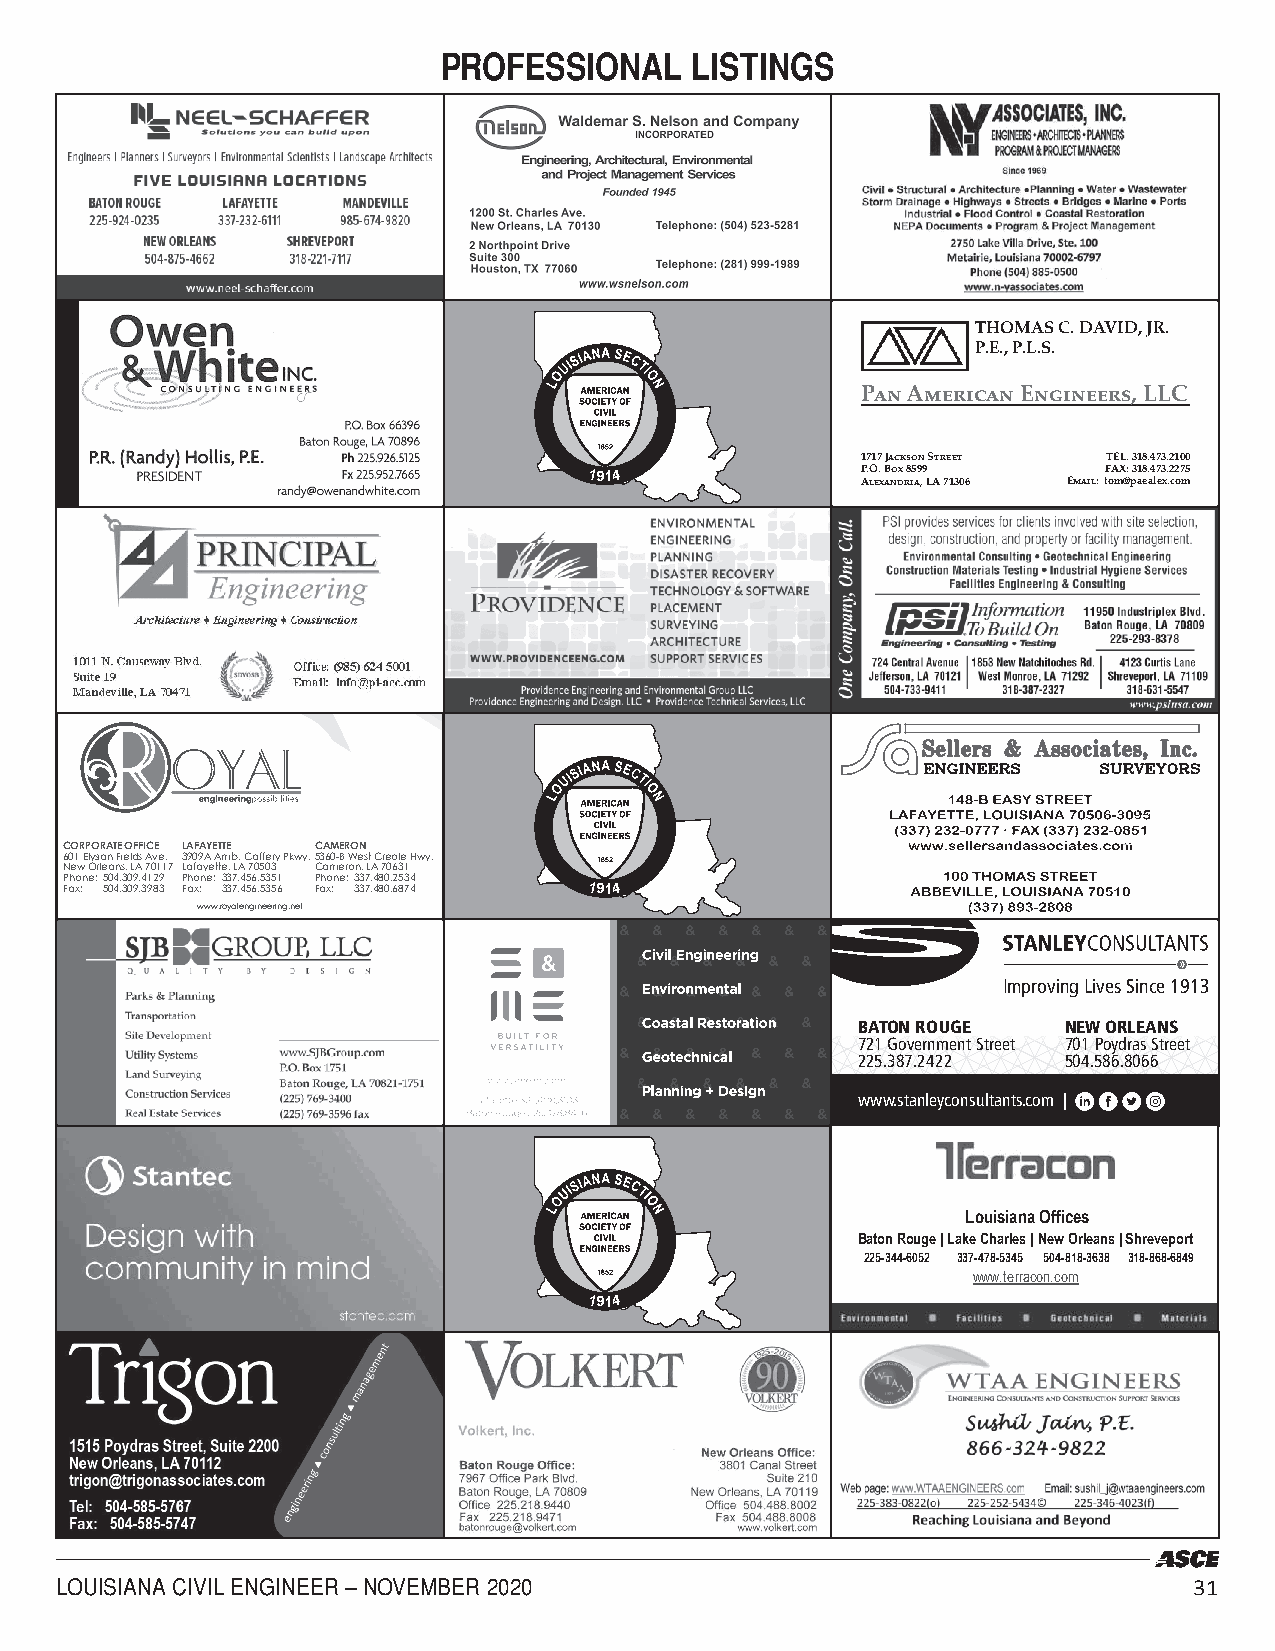
PROFESSIONAL     LISTINGS
 THOMAS C. DAVID, JR.
 P.E., P.L.S.
 Pan American Engineers, LLC
 1717 Jackson Street TEL. 318.473.2100
 1914              P.O. Box 8599   FAX: 318.473.2275
 Alexandria, LA 71306 Email: tom@paealex.com
 CORPORATE OFFICE LAFAYETTE CAMERON
 601 Elysian Fields Ave. 3909A Amb. Caffery Pkwy.5360-B West Creole Hwy.
 New Orleans, LA 70117 Lafayette, LA 70503 Cameron, LA 70631
 Phone: 504.309.4129 Phone: 337.456.5351 Phone: 337.480.2534
 Fax: 504.309.3983 Fax: 337.456.5356 Fax: 337.480.6874 1914
 www.royalengineering.net
 Improving Lives Since 1913
 BATON ROUGE   NEW ORLEANS
 721 Government Street 701 Poydras Street
 225.387.2422  504.586.8066
 www.stanleyconsultants.com |
 Louisiana Offices
 Baton Rouge | Lake Charles | New Orleans | Shreveport
 225-344-6052 337-478-5345 504-818-3638 318-868-6849
 www.terracon.com
 1914
 LOUISIANA CIVIL ENGINEER – NOVEMBER 2020                                   31